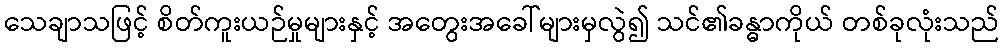
သေချာသဖြင့် စိတ်ကူးယဉ်မှုများနှင့် အတွေးအခေါ်များမှလွဲ၍ သင်၏ခန္ဓာကိုယ် တစ်ခုလုံးသည်